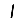
Digit: 1